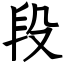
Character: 段